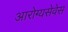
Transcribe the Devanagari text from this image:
आरोग्यसेवेस